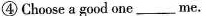
④ Choose a good one___me.